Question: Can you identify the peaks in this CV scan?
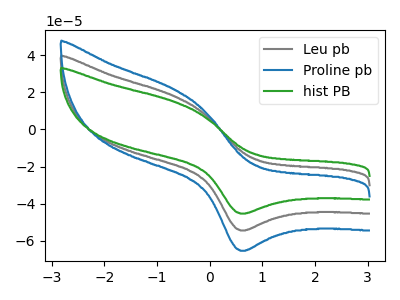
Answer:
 <answer>The gray curve "Leu pb" has an anodic peak at (-0.65V, 17.80uA) and a cathodic peak at (0.65V, -54.35uA). The blue curve "Proline pb" has an anodic peak at (-0.65V, 35.55uA) and a cathodic peak at (0.65V, -108.75uA). The green curve "hist PB" has an anodic peak at (-0.65V, 14.80uA) and a cathodic peak at (0.65V, -45.25uA).</answer>
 <eval></eval>